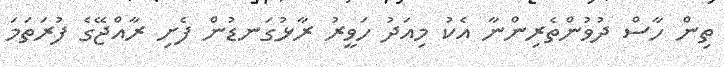
ތިން ހާސް ދުވުންތެރިންނާ އެކު މިއަދު ހަވީރު ރާޅުގަނޑުން ފެށި ރާއްޖޭގެ ފުރަތަމަ